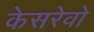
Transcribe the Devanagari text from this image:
केसरेवो